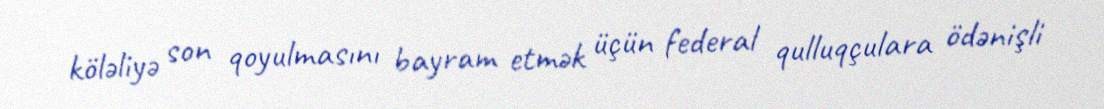
köləliyə son qoyulmasını bayram etmək üçün federal qulluqçulara ödənişli